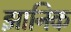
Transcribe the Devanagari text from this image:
झानिक